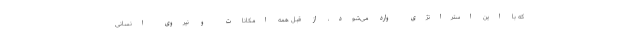
که با این استراتژی وارد می‌شود، از قبل همه امکانات و نیروی انسانی